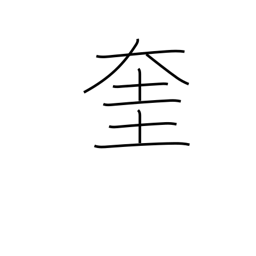
Meaning: god of literature